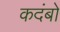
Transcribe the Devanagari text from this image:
कदंबो